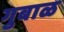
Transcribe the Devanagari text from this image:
गुबाळ